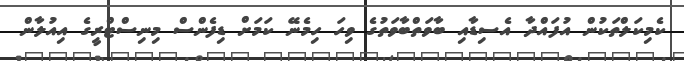
ކެމިކަލްތަކުން އުފައްދާ އެސިޑާއި ބާވަތްބާވަތުގެ ވިހަ ހިމެނޭ ކަމަށް ޑިފެންސް މިނިސްޓްރީގެ އިއުލާން